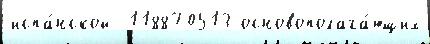
испа́нской  118870513 основополага́ющих